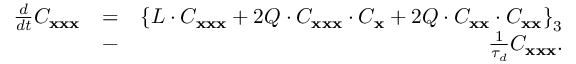
\begin{array} { r l r } { \frac { d } { d t } C _ { { \bf x } { \bf x } { \bf x } } } & { = } & { \left\lbrace { \cal L } \cdot C _ { { \bf x } { \bf x } { \bf x } } + 2 { \cal Q } \cdot C _ { { \bf x } { \bf x } { \bf x } } \cdot C _ { { \bf x } } + 2 { \cal Q } \cdot C _ { { \bf x } { \bf x } } \cdot C _ { { \bf x } { \bf x } } \right\rbrace _ { 3 } } \\ & { - } & { \frac { 1 } { \tau _ { d } } C _ { \bf x x x } . } \end{array}